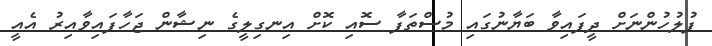
ފުލުހުންނަށް ދީފައިވާ ބަޔާނުގައި މުސްތަފާ ސޮއި ކޮށް އިނގިލީގެ ނިޝާން ޖަހާފައިވާއިރު އެއީ